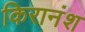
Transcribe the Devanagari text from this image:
किरानंश